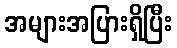
အများအပြားရှိပြီး